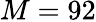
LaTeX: M=92